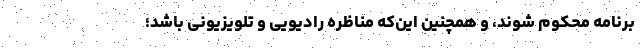
برنامه محکوم شوند، و همچنین این‌که مناظره رادیویی و تلویزیونی باشد؛